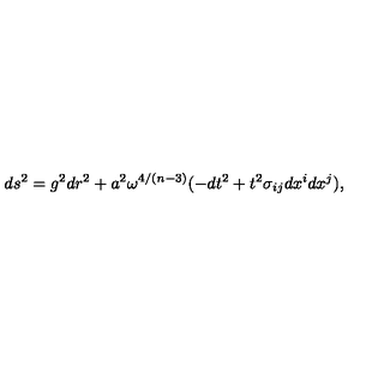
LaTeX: d s ^ { 2 } = g ^ { 2 } d r ^ { 2 } + a ^ { 2 } \omega ^ { 4 / ( n - 3 ) } ( - d t ^ { 2 } + t ^ { 2 } \sigma _ { i j } d x ^ { i } d x ^ { j } ) ,